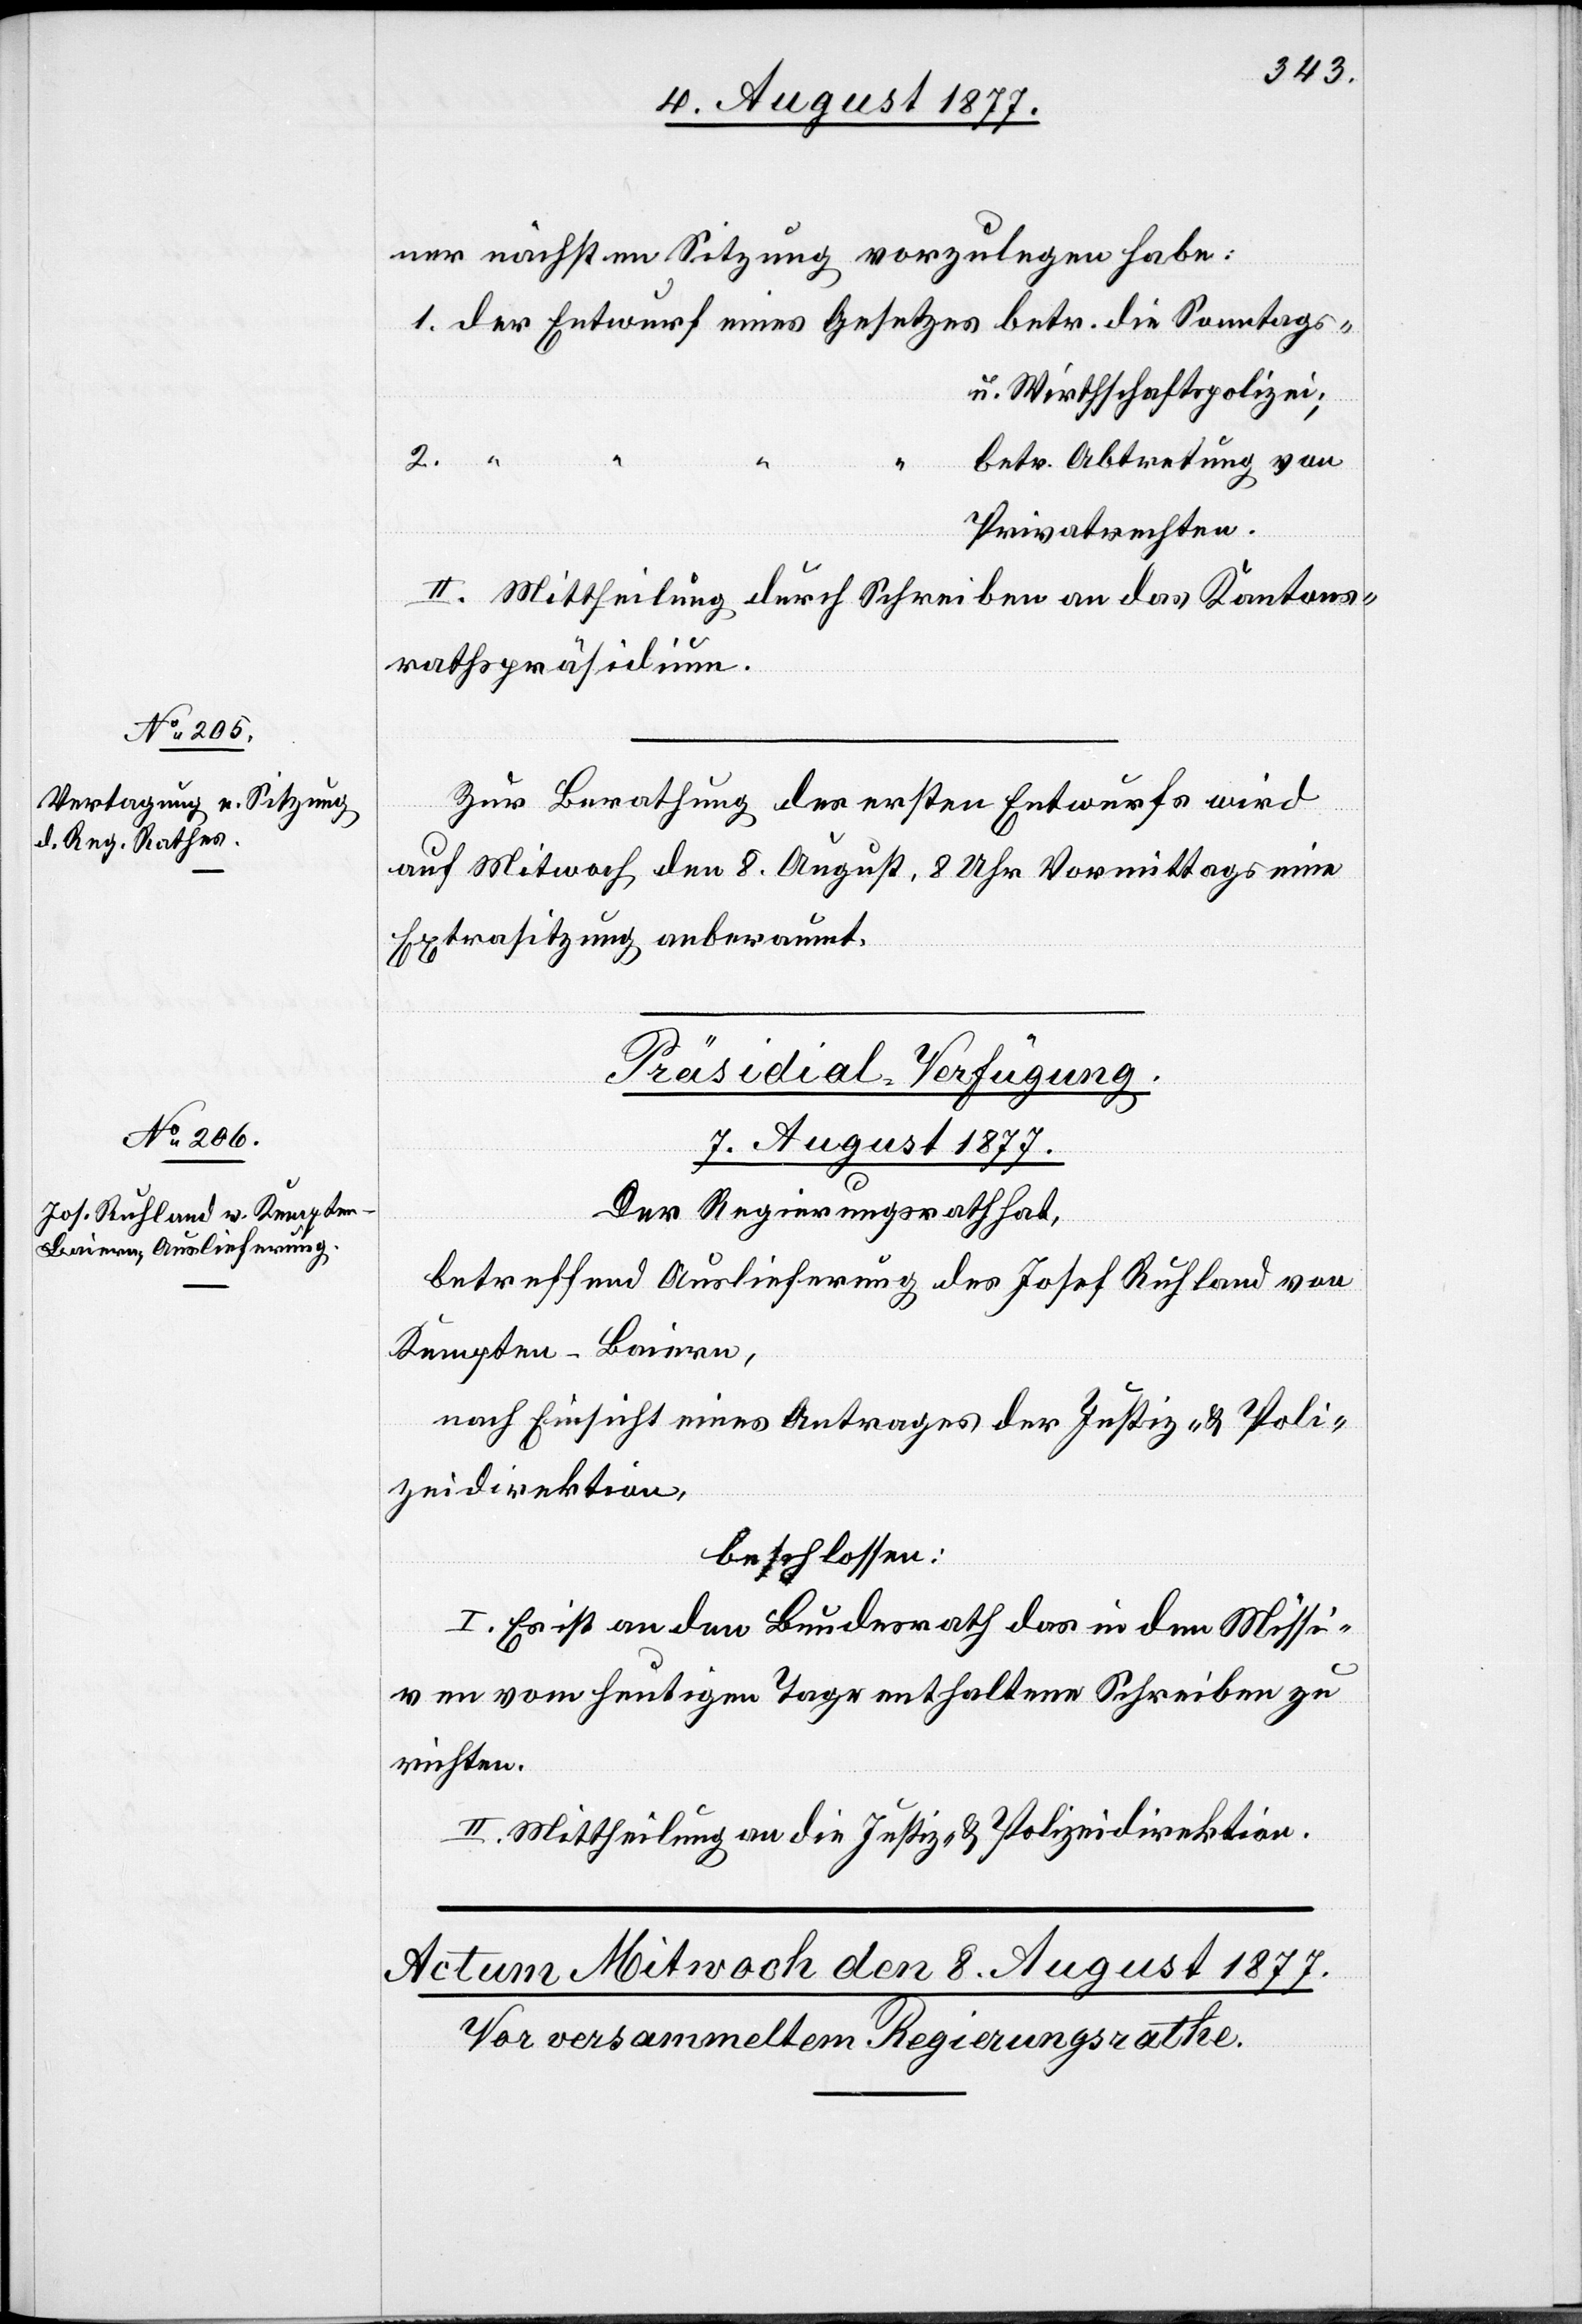
ner nächsten Sitzung vorzulegen habe:
der Entwurf eines Gesetzes betr. die Sonntags-
u. Wirthschaftspolizei;
2.
betr. Abtretung von
Privatrechten.
II. Mittheilung durch Schreiben an das Kantons¬
rathspräsidium.
Zur Berathung des ersten Entwurfs wird
auf Mit[t]woch den 8. August, 8 Uhr Vormittags eine
Extrasitzung anberaumt.
Präsidial-Verfügung.
7. August 1877.
Der Regierungsrath hat,
betreffend Auslieferung des Josef Ruhland von
Kempten - Baiern,
nach Einsicht eines Antrages der Justiz- & Poli¬
zeidirektion,
beschlossen:
I. Es ist an den Bundesrath das in den Missi¬
ven vom heutigen Tage enthaltene Schreiben zu
richten.
II. Mittheilung an die Justiz- & Polizeidirektion.